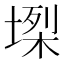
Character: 𡏫